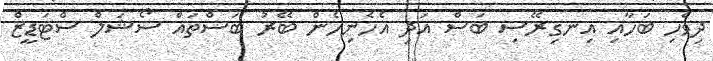
ދިވެހި ބަހާއި އިނގިރޭސި ބަސް އަދި އެހެނިހެން ބޭރު ބަސްތައް ސޯޝަލް ސްޓަޑީޒް